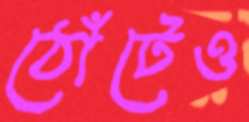
ঠোঁটেও